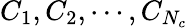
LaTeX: C_{1},C_{2},\cdots,C_{N_{c}}